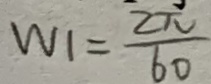
W _ { 1 } = \frac { 2 \pi } { 6 0 }